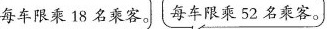
每车限乘18名乘客。每车限乘52名乘客。